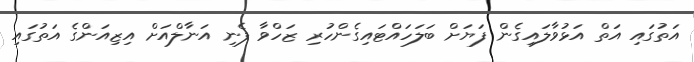
އަތުގައި އަތް އަޅުވާލައިގެން ފަޔަށް ބަލަހައްޓައިގެންހުރި ޒަހްވާ ފެނި އަނާލްއަށް އިޒިއަންގެ އަތުގައި